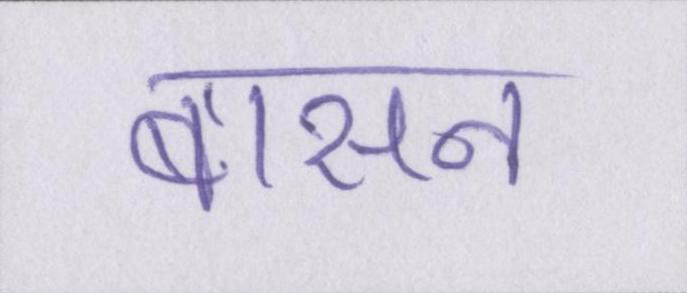
बासन